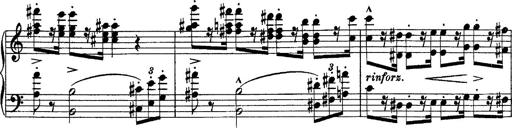
Title: Piano Sonata
Composer: Karl HÃ¤ssler
Key: C major